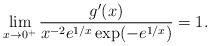
LaTeX: \begin{align*} \lim_{x\to 0^+} \frac{g'(x)}{x^{-2}e^{1/x}\exp(-e^{1/x})}=1.\end{align*}